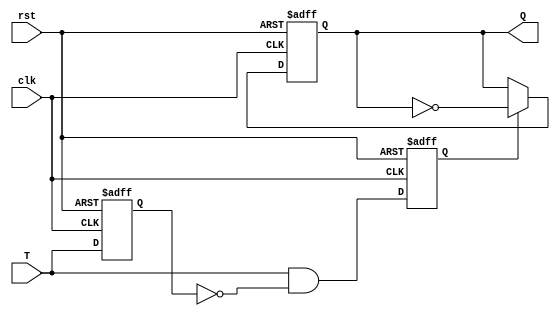
`timescale 1ns / 1ps
//////////////////////////////////////////////////////////////////////////////////
// Company: 
// Engineer: 
// 
// Design Name: 
// Module Name: T_flipflop_triggered
// Project Name: 
// Target Devices: 
// Tool Versions: 
// Description: 
// 
// Dependencies: 
// 
// Revision:
// Revision 0.01 - File Created
// Additional Comments:
// 
//////////////////////////////////////////////////////////////////////////////////


module T_flipflop_triggered(clk, rst, T, Q);
input T, clk, rst;
reg T_reg, T_trig;
output reg Q;
always @(posedge clk or negedge rst) begin
    if(!rst) begin
        Q <= 1'b0;
        T_reg <= 1'b0;
        T_trig <= 1'b0;
    end
    else begin
        T_reg <= T;
        T_trig <= T & ~T_reg;
        if(T_trig)
        Q <= ~Q;
    end
end
endmodule